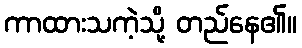
ကာထားသကဲ့သို့ တည်နေ၏။